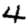
Digit: 4